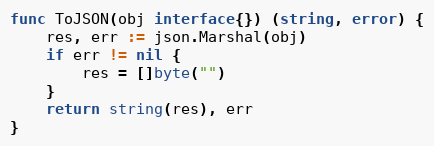
Language: Go
func ToJSON(obj interface{}) (string, error) {
	res, err := json.Marshal(obj)
	if err != nil {
		res = []byte("")
	}
	return string(res), err
}